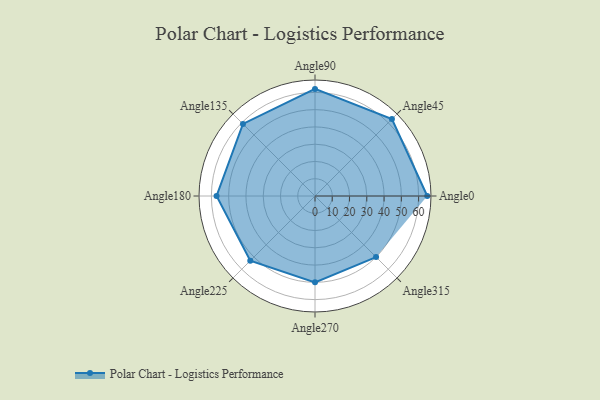
{"axis": {"x": "Angle", "y": "Radius"}, "legend": [""], "data": [{"x": "Angle0", "y": 65.0, "type": ""}, {"x": "Angle45", "y": 63.0, "type": ""}, {"x": "Angle90", "y": 62.0, "type": ""}, {"x": "Angle135", "y": 59.0, "type": ""}, {"x": "Angle180", "y": 57.0, "type": ""}, {"x": "Angle225", "y": 53.0, "type": ""}, {"x": "Angle270", "y": 50, "type": ""}, {"x": "Angle315", "y": 50, "type": ""}]}